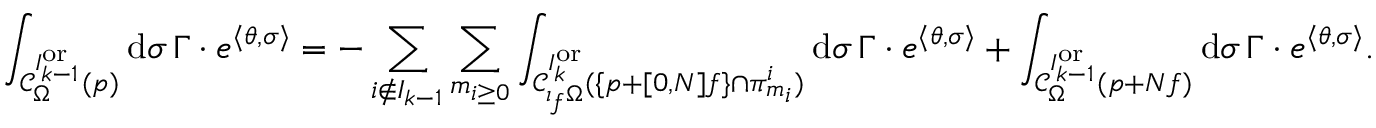
\int _ { \mathcal { C } _ { \Omega } ^ { I _ { k - 1 } ^ { \mathrm { o r } } } ( p ) } \mathrm { d } \sigma \, \Gamma \cdot e ^ { \langle \theta , \sigma \rangle } = - \sum _ { i \notin I _ { k - 1 } } \sum _ { m _ { i \ge 0 } } \int _ { \mathcal { C } _ { \iota _ { f } \Omega } ^ { I _ { k } ^ { \mathrm { o r } } } ( \{ p + [ 0 , N ] f \} \cap \pi _ { m _ { i } } ^ { i } ) } \mathrm { d } \sigma \, \Gamma \cdot e ^ { \langle \theta , \sigma \rangle } + \int _ { \mathcal { C } _ { \Omega } ^ { I _ { k - 1 } ^ { \mathrm { o r } } } ( p + N f ) } \mathrm { d } \sigma \, \Gamma \cdot e ^ { \langle \theta , \sigma \rangle } .